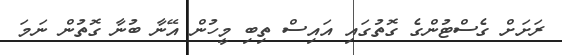
ރަށަށް ގެސްޓުންގެ ގޮތުގައި އައިސް ތިބި މީހުން އޭނާ ބުނާ ގޮތުން ނަމަ